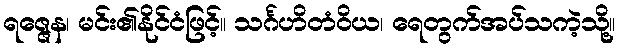
ရဇ္ဇေန၊ မင်း၏နိုင်ငံဖြင့်။ သင်္ဂဟိတံဝိယ၊ ရေတွက်အပ်သကဲ့သို့။